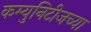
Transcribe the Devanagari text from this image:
कम्युनिटीजच्या